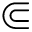
\Subset